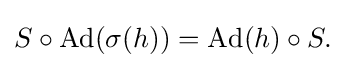
\displaystyle {S\circ \mathrm {Ad} (\sigma (h))=\mathrm {Ad} (h)\circ S.}